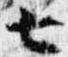
七